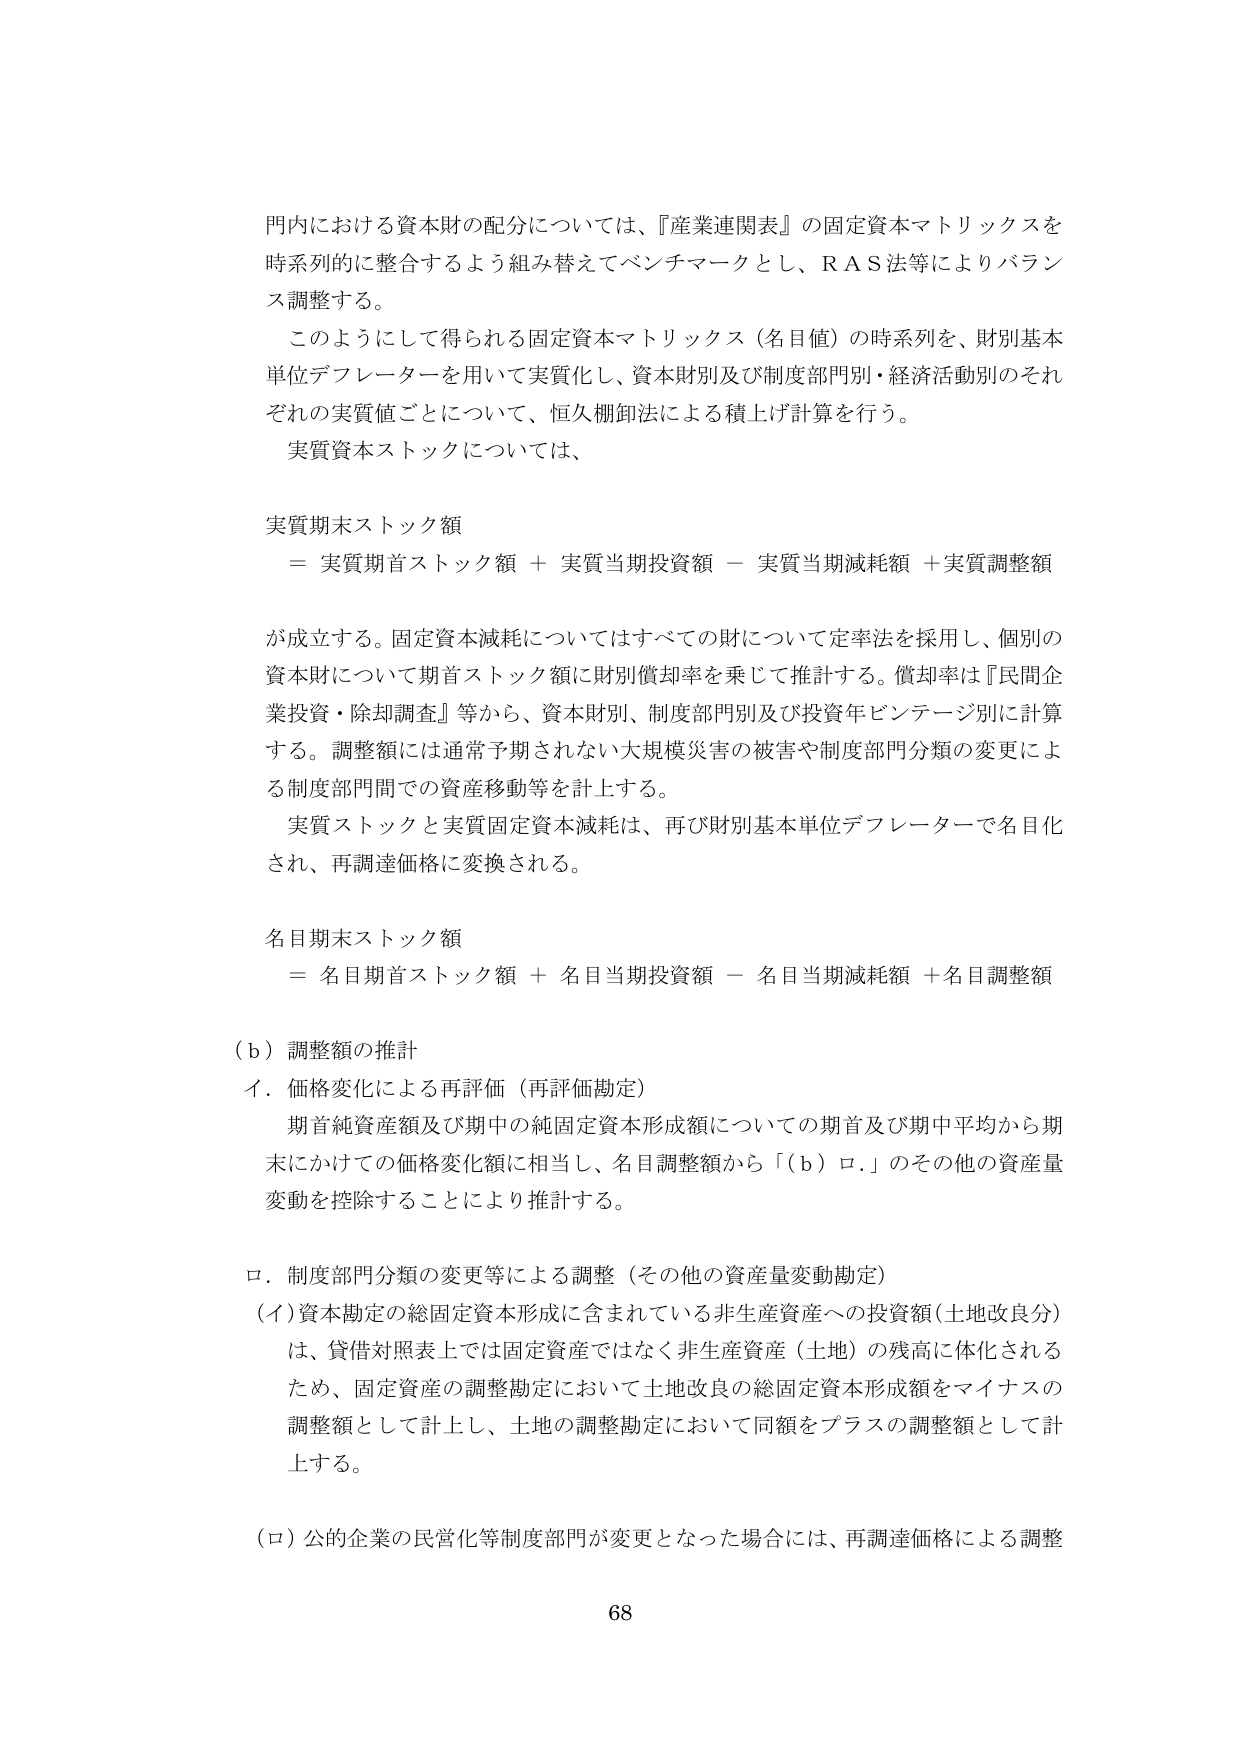
門内における資本財の配分については、『産業連関表』の固定資本マトリックスを
時系列的に整合するよう組み替えてベンチマークとし、RAS法等によりバランス調整する。
このようにして得られる固定資本マトリックス（名目値）の時系列を、財別基本
単位デフレーターを用いて実質化し、資本財別及び制度部門別・経済活動別のそれ
ぞれの実質値ごとについて、恒久棚卸法による積上げ計算を行う。
実質資本ストックについては、
実質期末ストック額
＝ 実質期首ストック額 ＋ 実質当期投資額 － 実質当期減耗額 ＋実質調整額
が成立する。固定資本減耗についてはすべての財について定率法を採用し、個別の
資本財について期首ストック額に財別償却率を乗じて推計する。償却率は『民間企
業投資・除却調査』等から、資本財別、制度部門別及び投資年ビンテージ別に計算
する。調整額には通常予期されない大規模災害の被害や制度部門分類の変更によ
る制度部門間での資産移動等を計上する。
実質ストックと実質固定資本減耗は、再び財別基本単位デフレーターで名目化
され、再調達価格に変換される。
名目期末ストック額
＝ 名目期首ストック額 ＋ 名目当期投資額 － 名目当期減耗額 ＋名目調整額
（ｂ）調整額の推計
イ．価格変化による再評価（再評価勘定）
期首純資産額及び期中の純固定資本形成額についての期首及び期中平均から期
末にかけての価格変化額に相当し、名目調整額から「（ｂ）ロ．」のその他の資産量
変動を控除することにより推計する。
ロ．制度部門分類の変更等による調整（その他の資産量変動勘定）
（イ）資本勘定の総固定資本形成に含まれている非生産資産への投資額（土地改良分）
は、貸借対照表上では固定資産ではなく非生産資産（土地）の残高に体化される
ため、固定資産の調整勘定において土地改良の総固定資本形成額をマイナスの
調整額として計上し、土地の調整勘定において同額をプラスの調整額として計
上する。
（ロ）公的企業の民営化等制度部門が変更となった場合には、再調達価格による調整
68